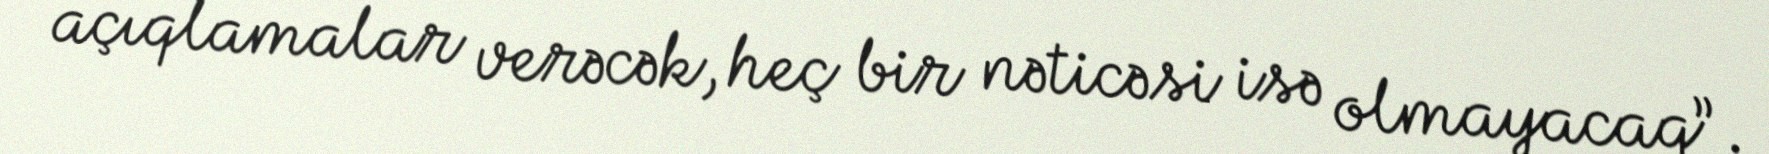
açıqlamalar verəcək, heç bir nəticəsi isə olmayacaq”.